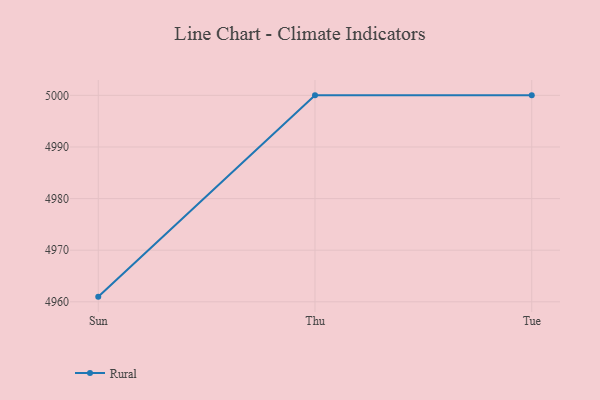
{"axis": {"x": "Day", "y": "Shipments"}, "legend": ["Rural"], "data": [{"x": "Sun", "y": 4961.0, "type": "Rural"}, {"x": "Thu", "y": 5000, "type": "Rural"}, {"x": "Tue", "y": 5000, "type": "Rural"}]}